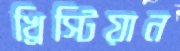
খ্রিস্টিয়ান